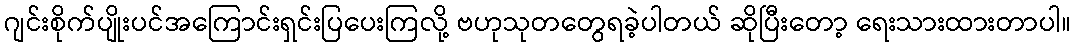
ဂျင်းစိုက်ပျိုးပင်အကြောင်းရှင်းပြပေးကြလို့ ဗဟုသုတတွေရခဲ့ပါတယ် ဆိုပြီးတော့ ရေးသားထားတာပါ။